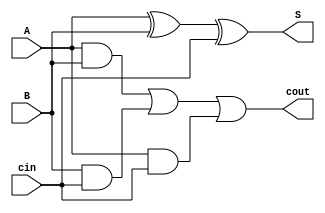
module FA(A, B, cin, cout, S);
  input A, B, cin;
  output cout, S;

  assign S = A ^ B ^ cin;
  assign cout = (A & B) | (B & cin) | (A & cin);

endmodule